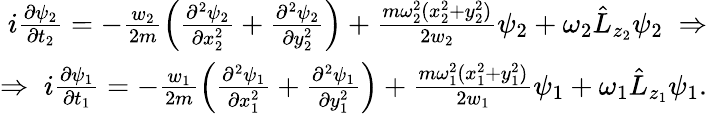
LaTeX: \begin{array}{r}{i\frac{\partial\psi_{2}}{\partial t_{2}}=-\frac{w_{2}}{2m}\left(\frac{\partial^{2}\psi_{2}}{\partial x_{2}^{2}}+\frac{\partial^{2}\psi_{2}}{\partial y_{2}^{2}}\right)+\frac{m\omega_{2}^{2}(x_{2}^{2}+y_{2}^{2})}{2w_{2}}\psi_{2}+\omega_{2}\hat{L}_{z_{2}}\psi_{2}\; \Rightarrow}\\ {\Rightarrow\; i\frac{\partial\psi_{1}}{\partial t_{1}}=-\frac{w_{1}}{2m}\left(\frac{\partial^{2}\psi_{1}}{\partial x_{1}^{2}}+\frac{\partial^{2}\psi_{1}}{\partial y_{1}^{2}}\right)+\frac{m\omega_{1}^{2}(x_{1}^{2}+y_{1}^{2})}{2w_{1}}\psi_{1}+\omega_{1}\hat{L}_{z_{1}}\psi_{1}.}\end{array}